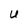
Character: U